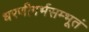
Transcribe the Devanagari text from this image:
धरणीगर्भसम्भूतं